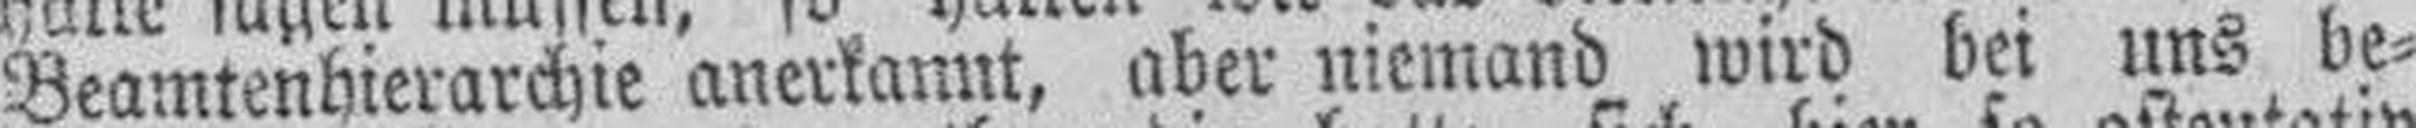
Beamtenhierarchie anerkannt, aber niemand wird bei uns be¬